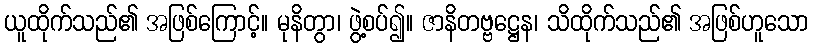
ယူထိုက်သည်၏ အဖြစ်ကြောင့်။ မုနိတွာ၊ ဖွဲ့စပ်၍။ ဇာနိတဗ္ဗဋ္ဌေန၊ သိထိုက်သည်၏ အဖြစ်ဟူသော